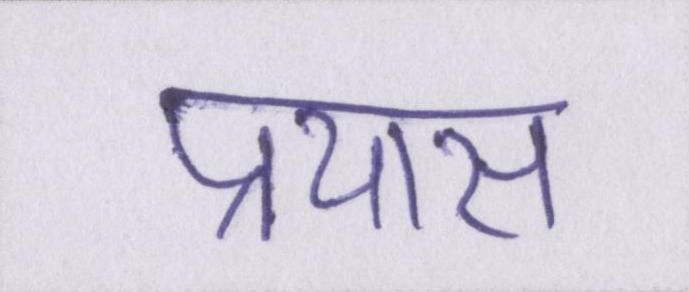
प्रयास